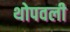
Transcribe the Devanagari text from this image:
थोपवली